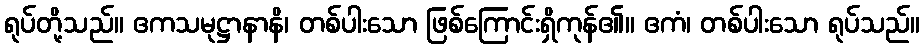
ရုပ်တို့သည်။ ဧကသမုဋ္ဌာနာနိ၊ တစ်ပါးသော ဖြစ်ကြောင်းရှိကုန်၏။ ဧကံ၊ တစ်ပါးသော ရုပ်သည်။